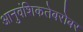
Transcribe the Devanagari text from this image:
आनुवंशिकतेबरोबर